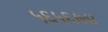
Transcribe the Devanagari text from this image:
५६५६७४